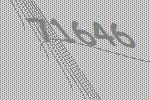
71646